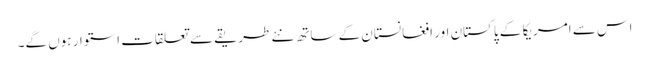
اس سے امریکا کے پاکستان اور افغانستان کے ساتھ نئے طریقے سے تعلقات استوار ہوں گے۔